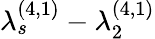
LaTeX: \lambda_{s}^{(4,1)}-\lambda_{2}^{(4,1)}